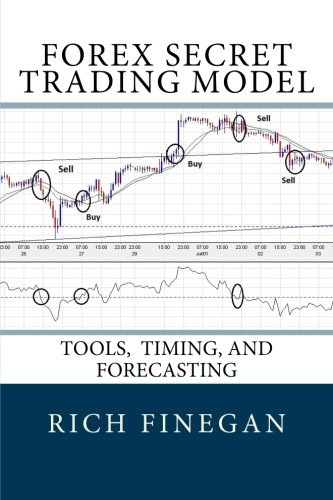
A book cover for Forex Secret Trading Model: Tools, Timing, and Forecasting; Rich Finegan; Business & Money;